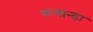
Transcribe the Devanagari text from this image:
रूवान्डा